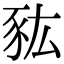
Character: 𧰯